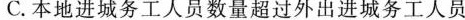
C.本地进城务工人员数量超过外出进城务工人员